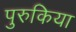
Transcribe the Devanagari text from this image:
पुरुकिया